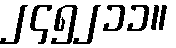
၂၄၅၂၁၁။